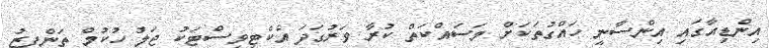
އިންޑިއާގައި އިންސާނީ ހައްގުތަކަށް މަސައްކަތް ކުރާ ވަރުގަދަ އެކްޓިވިސްޓަކު ޖަލު ހުކުމް ތަންފީޒު